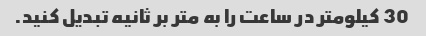
30 کیلومتر در ساعت را به متر بر ثانیه تبدیل کنید.